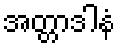
အတ္တာဒါနံ